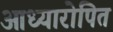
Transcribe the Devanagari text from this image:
आध्यारोपित